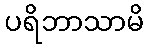
ပရိဘာသာမိ